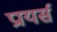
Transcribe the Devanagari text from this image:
प्रायर्स